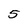
Character: 5